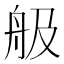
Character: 䑥